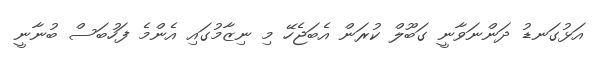
އަޅުގަނޑު ދަންނަވާނީ ގަބޫލް ކުރަން އެބަޖެހޭ މި ނިޒާމުގައި އެންމެ ފަހުބަސް ބުނާނީ